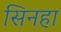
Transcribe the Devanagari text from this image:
सिनहा